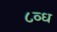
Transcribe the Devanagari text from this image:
८व्ध